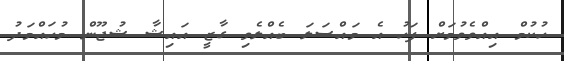
ހުކުމް އިއްވެވުމަށް ފަހު އެ މައްސަލަ ބެއްލެވި ގާޒީ އައިޝާ ޝުޖޫން މުހައްމަދު